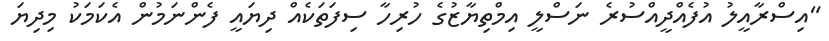
"އިސްރާއީލު އުފެއްދީއްސުރެ ނަސްލީ އިމްތިޔާޒުގެ ހުރިހާ ސިފަތަކެއް ދިޔައީ ފެންނަމުން އެކަމަކު މިދިޔަ